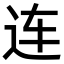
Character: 连